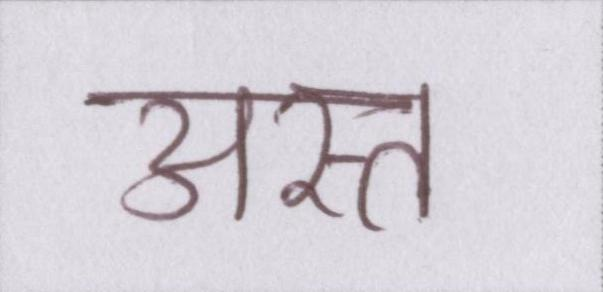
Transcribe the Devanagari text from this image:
अस्त